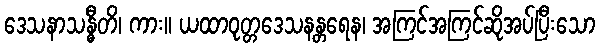
ဒေသနာသန္ဓီတိ၊ ကား။ ယထာဝုတ္တဒေသနန္တရေန၊ အကြင်အကြင်ဆိုအပ်ပြီးသော